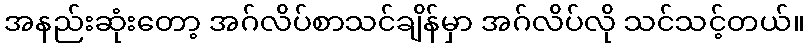
အနည်းဆုံးတော့ အဂ်လိပ်စာသင်ချိန်မှာ အဂ်လိပ်လို သင်သင့်တယ်။